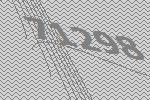
71298